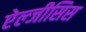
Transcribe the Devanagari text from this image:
ऐल्जीसिस